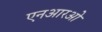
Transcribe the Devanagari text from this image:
एनआरओ